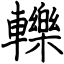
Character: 轢